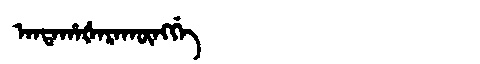
Manchu: ᠠᠨᡨᠠᡥᠠᡧᠠᡵᠠᡴᡡᠩᡤᡝ
Romanization: ANTAHAŠARAKŪNGGE